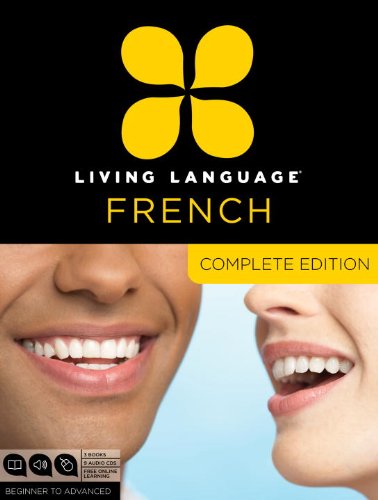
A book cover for Living Language French, Complete Edition: Beginner through advanced course, including 3 coursebooks, 9 audio CDs, and free online learning; Living Language; Education & Teaching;